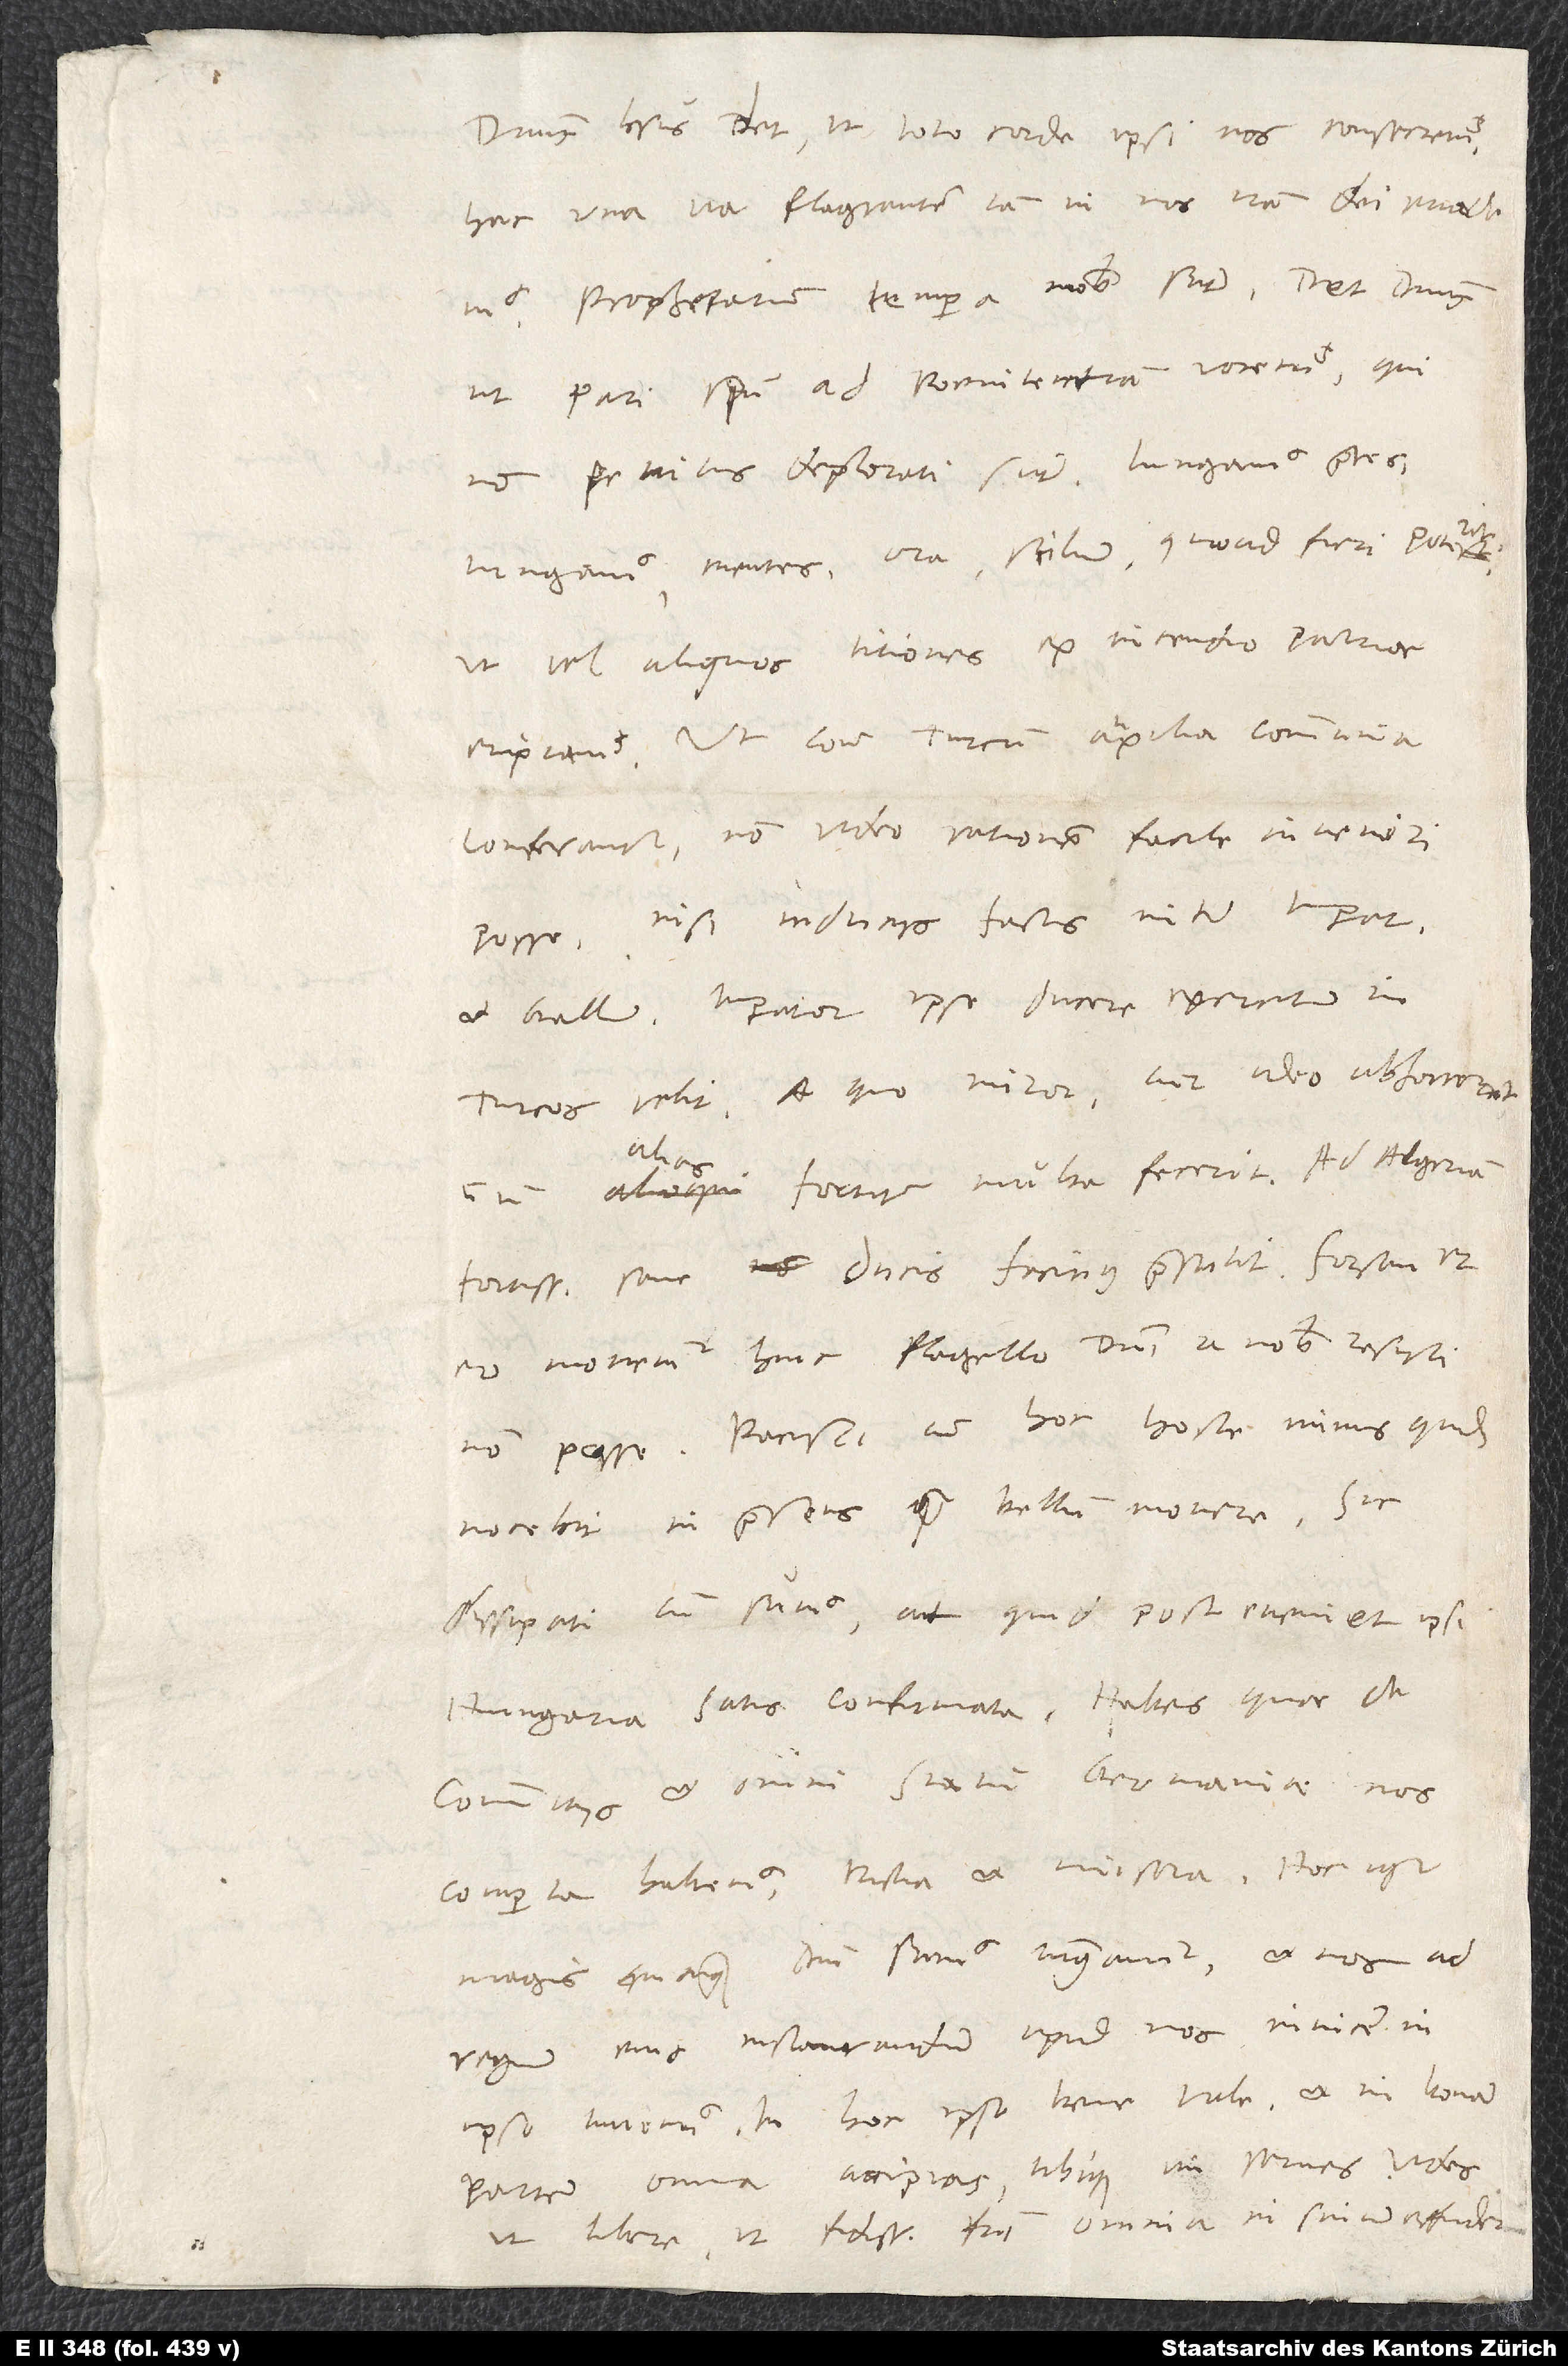
Dominus Iesus det, ut toto corde ipsi nos consecremus;
hac una via flagrantem iam in nos iram dei evademus.
Prophetarum tempora nobis sunt. Det dominus,
ut pari spiritu ad poenitentiam vocemus, qui
non penitus deplorati sunt. Iungamus partes,
iungamus mentes, ora, stilum, quoad fieri poterit,
ut vel aliquos titiones ex incendio patriae
eripiamus. Ut contra Turcum auxilia communia
conferantur, non video rationem facile inveniri
posse, nisi induciis factis inter imperatorem
et Gallum imperator ipse ducere exercitum in
Turcos velit. A quo miror cur adeo abhorreat,
alias
fortiter multa fecerit. Ad Algeriam
fortissimi sane ducis facinus praestitit. Forsan et
eo monemur huic flagello domini a nobis resisti
non posse. Pacisci cum hoc hoste minus quidem
nocebit in praesens quam bellum movere, sic
dissipati cum sumus; at quid post eveniet ipsi
commitiis et omni statu Germaniae nos
comperta habemus tristia et misera. Hoc igitur
magis, quicunque domini sumus, iungamur et nos ad
regnum eius instaurandum apud nos invicem in
ipso iuvemus. In hoc ipse bene vale et in bonam
partem omnia accipias tibique uni serves.
ut libere ut fidissimi fratris omnia in sinum effuderim.